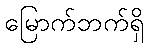
မြောက်ဘက်ရှိ